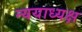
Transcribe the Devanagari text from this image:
न्ययाध्यक्ष